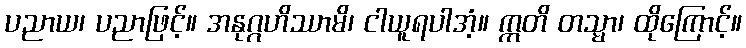
ပညာယ၊ ပညာဖြင့်။ အနုဂ္ဂဟိဿာမိ၊ ငါယူရပါအံ့။ ဣတိ တသ္မာ၊ ထိုကြောင့်။